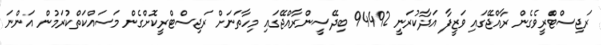
ރަޖިސްޓްރީވެގެން ރާއްޖޭގައި ވަޒީފާ އަދާކުރަނީ 94492 ބިދޭސީންރާއްޖޭގައި މިހާތަނަށް ރަޖިސްޓްރީކޮށްގެން މަސައްކަތްކުރަމުން އަންނަ